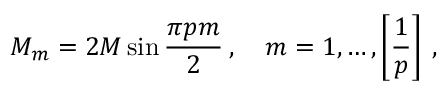
M _ { m } = 2 M \sin \frac { \pi p m } { 2 } \: , \quad m = 1 , \ldots , \left[ \frac { 1 } { p } \right] \: ,